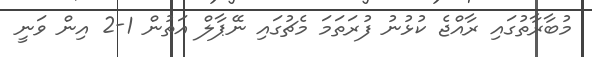
މުބާރާތުގައި ރާއްޖެ ކުޅުނު ފުރަތަމަ މެޗުގައި ނޭޕާލް އަތުން 1-2 އިން ވަނީ